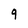
Character: 9